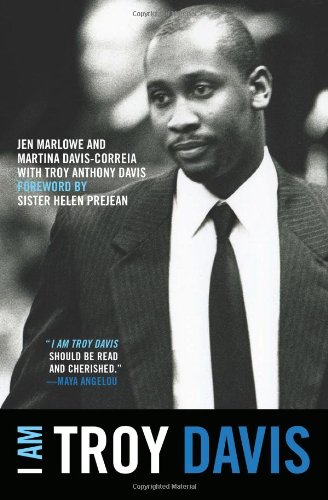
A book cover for I Am Troy Davis; Jen Marlowe; Biographies & Memoirs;